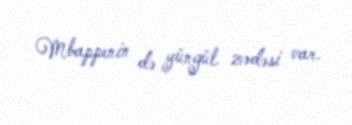
Mbappenin də yüngül zədəsi var.